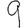
Digit: 9